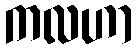
ကလဟာ